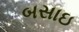
બસાઇ